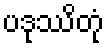
ပဒုဿိတုံ